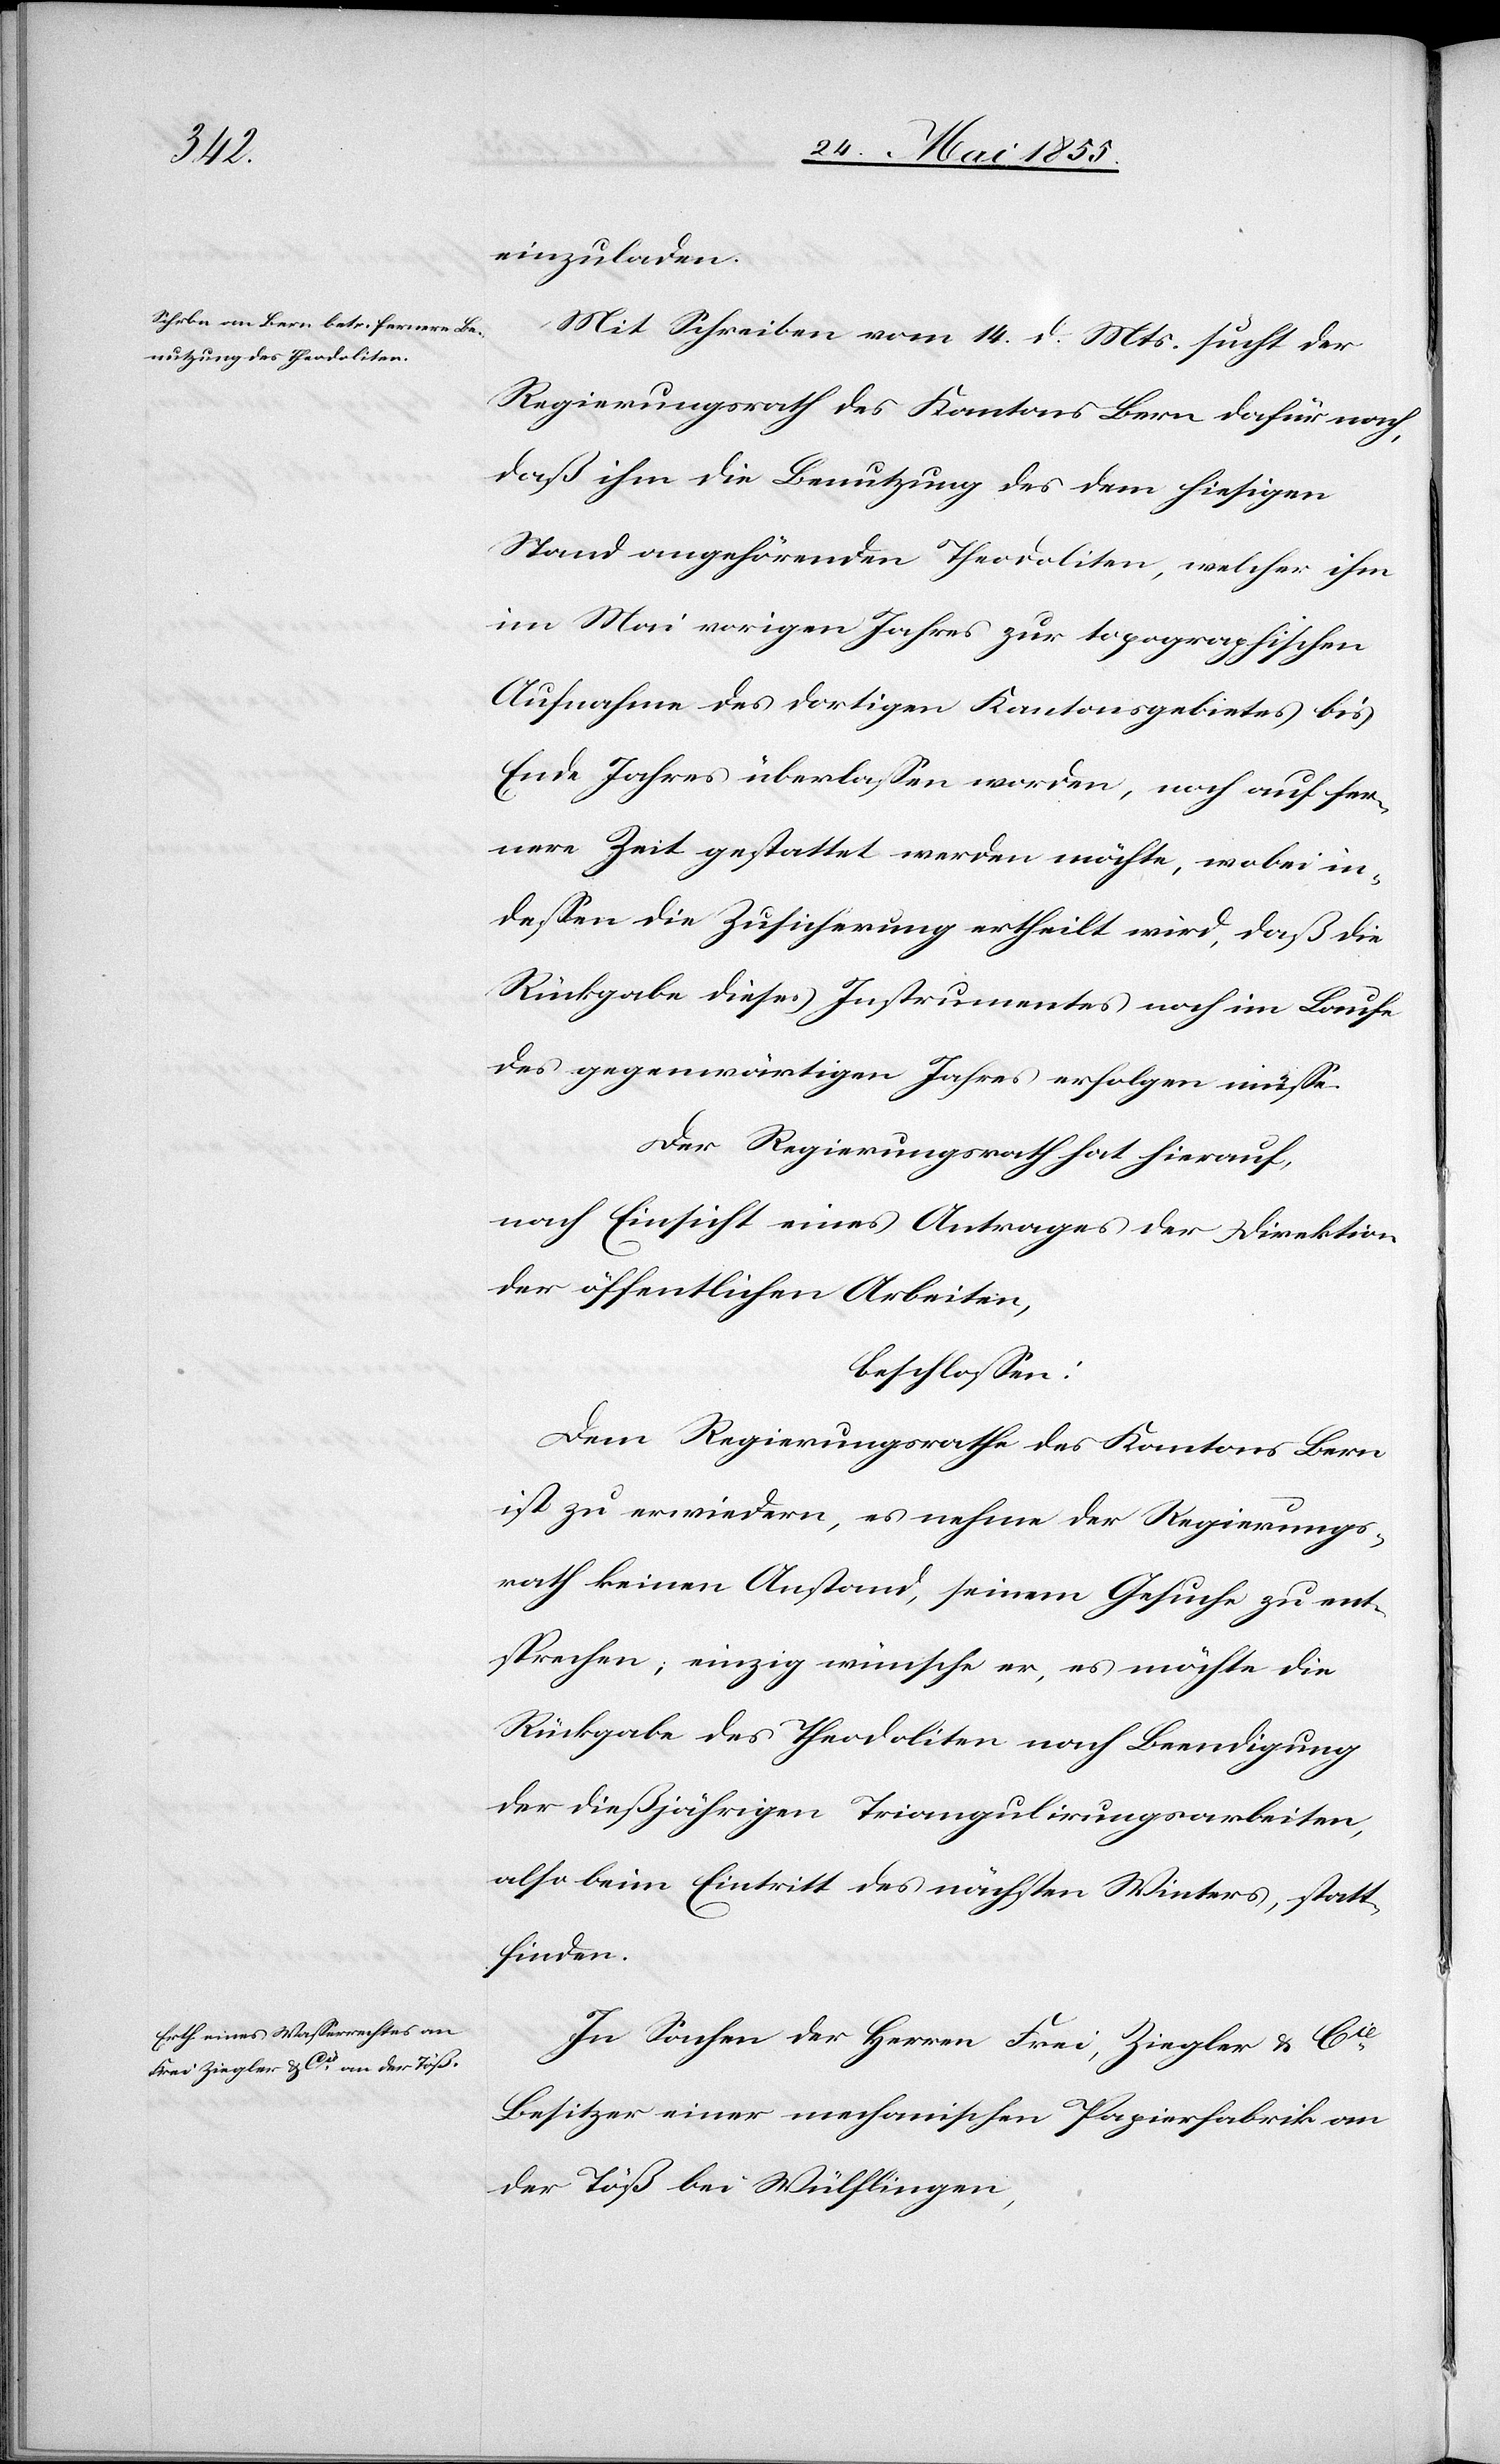
einzuladen.
Mit Schreiben vom 14. d. Mts. sucht der
Regierungsrath des Kantons Bern dafür nach,
daß ihm die Benutzung des dem hiesigen
Stand angehörenden Theodoliten, welcher ihm
im Mai vorigen Jahres zur topographischen
Aufnahme des dortigen Kantonsgebietes bis
Ende Jahres überlassen worden, noch auf fer¬
nere Zeit gestattet werden möchte, wobei in¬
dessen die Zusicherung ertheilt wird, daß die
Rückgabe dieses Instrumentes noch im Laufe
des gegenwärtigen Jahres erfolgen müsse.
Der Regierungsrath hat hierauf,
nach Einsicht eines Antrages der Direktion
der öffentlichen Arbeiten,
beschlossen:
Dem Regierungsrathe des Kantons Bern
ist zu erwiedern, es nehme der Regierungs¬
rath keinen Anstand, seinem Gesuche zu ent¬
sprechen; einzig wünsche er, es möchte die
Rückgabe des Theodoliten nach Beendigung
der dießjährigen Triangulirungsarbeiten,
also beim Eintritt des nächsten Winters, statt¬
finden.
In Sachen der Herren Frei, Ziegler & Cie
Besitzer einer mechanischen Papierfabrik an
der Töß bei Wülflingen,